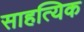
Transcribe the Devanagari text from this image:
साहत्यिक